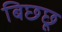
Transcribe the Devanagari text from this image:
बिछ्छू